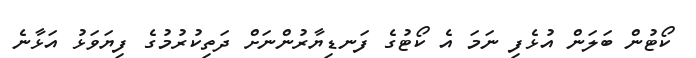
ކޯޓުން ބަލަން އުޅެފި ނަމަ އެ ކޯޓުގެ ފަނޑިޔާރުންނަށް ދަތިކުރުމުގެ ފިޔަވަޅު އަޅާނެ